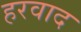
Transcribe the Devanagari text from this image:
हरवाद